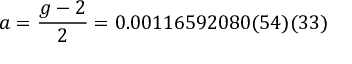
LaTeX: a = { \frac { g - 2 } { 2 } } = 0 . 0 0 1 1 6 5 9 2 0 8 0 ( 5 4 ) ( 3 3 )